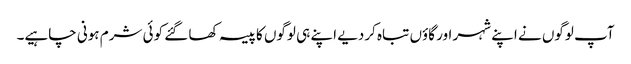
آپ لوگوں نے اپنے شہر اور گاؤں تباہ کردیے اپنے ہی لوگوں کا پیسہ کھا گئے کوئی شرم ہونی چاہیے۔